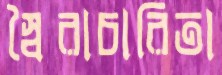
স্বৈরাচারিতা